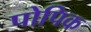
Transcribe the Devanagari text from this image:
पोपिक